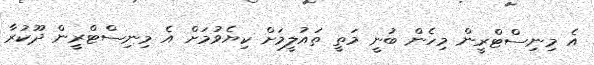
އެ މިނިސްޓްރީން މިހެން ބުނީ މަތީ ތައުލީމަށް ކިޔެވުމަށް އެ މިނިސްޓްރީން ދޫކުރާ